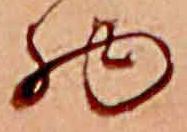
物